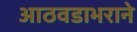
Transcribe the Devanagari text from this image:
आठवडाभराने